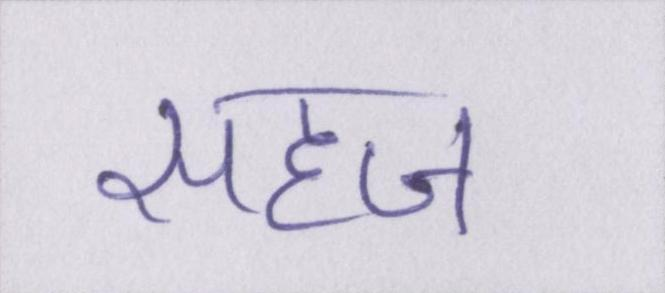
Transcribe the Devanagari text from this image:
सहज